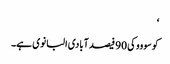
‘
کوسووو کی 90 فیصد آبادی البانوی ہے۔